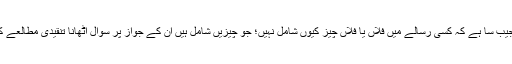
چنانچہ میرے نزدیک یہ سوال کچھ عجیب سا ہے کہ کسی رسالے میں فلاں یا فلاں چیز کیوں شامل نہیں؛ جو چیزیں شامل ہیں ان کے جواز پر سوال اٹھانا تنقیدی مطالعے کا ایک معقول جز ضرور بن سکتا ہے۔